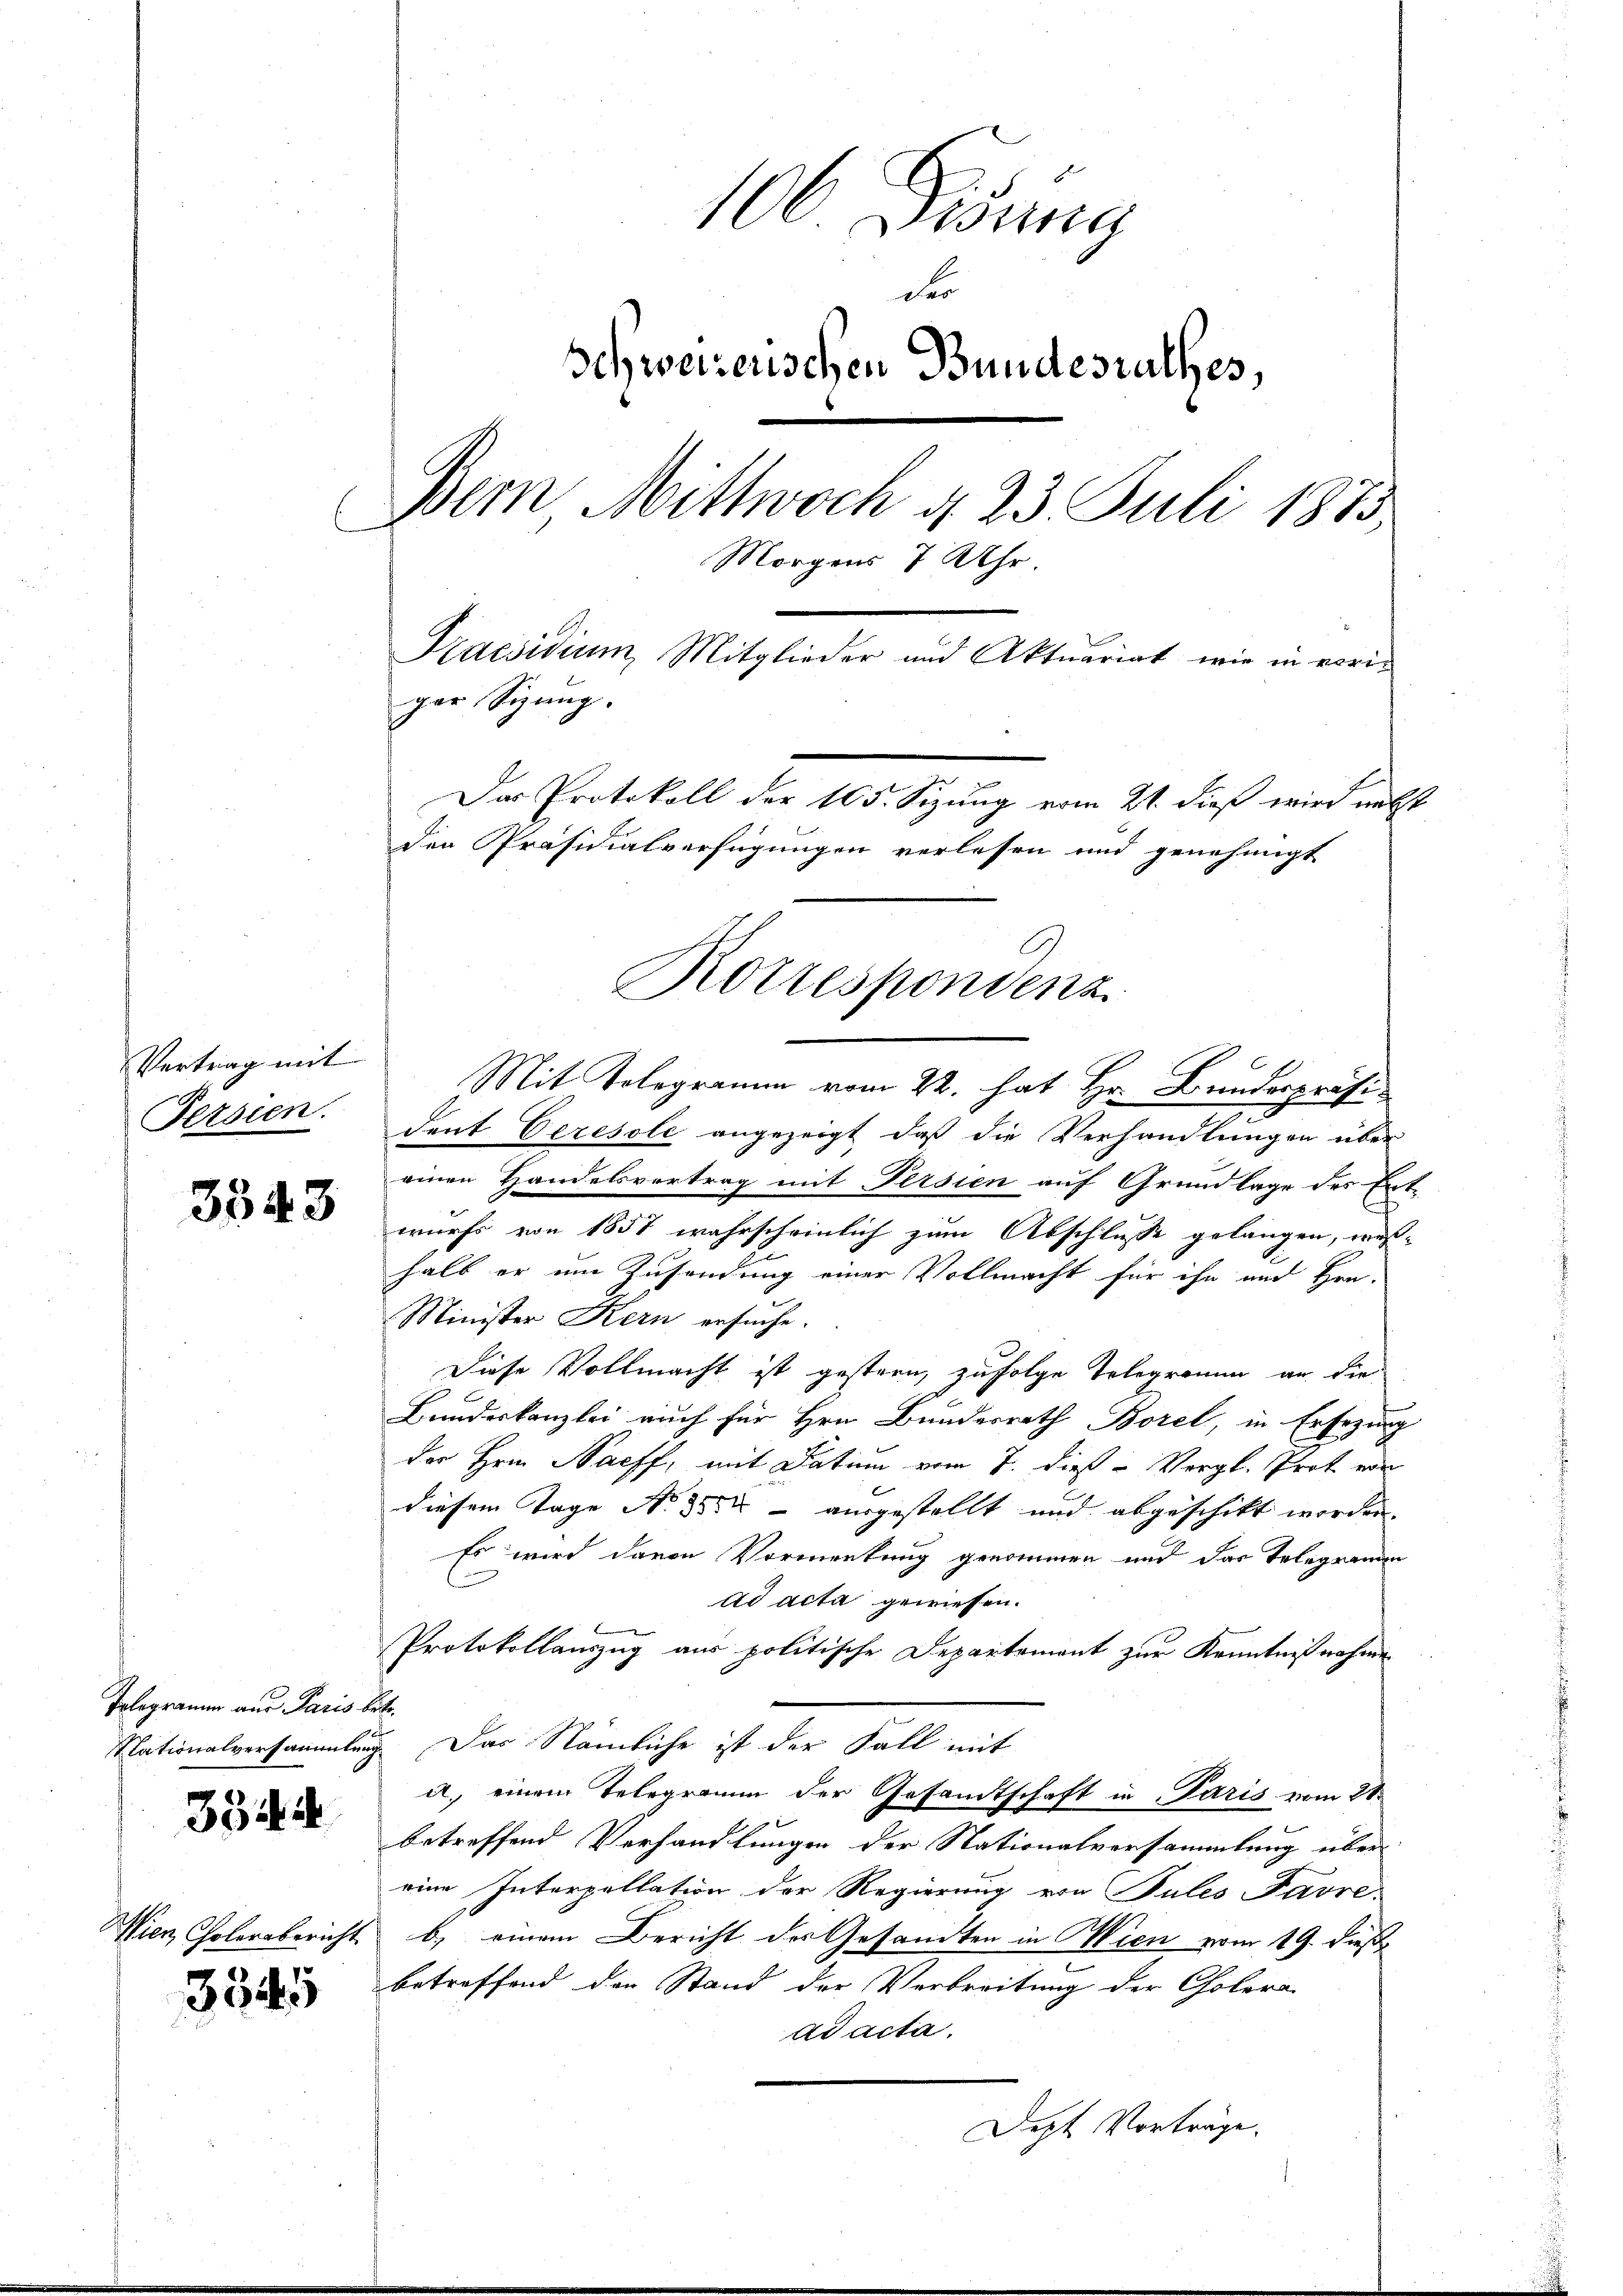
Vertrag mit
Ferseen.

3343

Polegramm aus Paris betr.

3344

Wien Cholensbericht

3345

106 Dedung
des
Schweizerischen Bundesrathes,
Dein Mittwoch d. 23 Juli 1875
C
Morgens 7 Uhr
Kraesidium, Mitglieder und Aktuariat, wie in voriger Sinng.
Das Protokoll der 105. Sizung vom 21. dieß wird nächst
den Präsidialverfügungen verlesen und genehmigt

Mit Telegramm vom 22. hat Hr. Bundespräsi
dent Ceresole angezeigt, daß die Verhandlungen über
einen Handelsvertrag mit Fersien auf Grundlage des Ent-
wurfs von 1857 wahrscheinlich zum Abschlusse gelangen, wes-
halb er um Zusendung einer Vollmacht für ihn und Hen-
Minister Kern ersuche.
Diese Vollmacht ist gestern, zufolge Telegramm an die
Bundeskanzlei auch für Hrn. Bundesrath Borel, in Ersezung
der Hrn. Nacff, mit Datum vom 7. dieß - Vergl. Prot von
diesem Tage No 3500 ausgestellt und abgeschikt worden.
Es wird davon Vormenkung genommen und das Telegrammen
ad acta gewiesen.
Protokollauszug aus politische Departement zur Kenntnißnahmen
Nationalversammlung. Das Nämliche ist der Fall mit
a. einem Telegramm der Gesandtschaft in Paris vom 28.
betreffend Verhandlungen der Nationalversammlung über
eine Interpellation der Regierung von Pules Favre-
b) einem Bericht des Gesandten in Wien vom 19. dieß
betreffend den Stand der Verbreitung der Cholera
ad acta.
Dept Vorträge.

Rotrespondenz